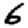
Digit: 6